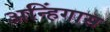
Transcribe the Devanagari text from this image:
अन्हिंगास